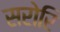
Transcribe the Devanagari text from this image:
सरोरि